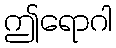
ဤရောဂါ